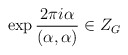
\begin{align*}\exp\frac{2\pi i\alpha}{(\alpha,\alpha)}\in Z_G\ \end{align*}